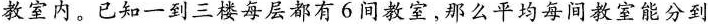
教室内。已知一到三楼每层都有6间教室，那么平均每间教室能分到